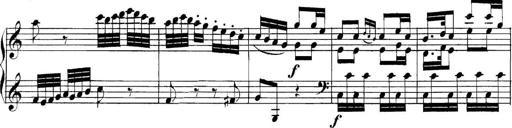
Title: Collected Piano Sonatas
Composer: Muzio Clementi